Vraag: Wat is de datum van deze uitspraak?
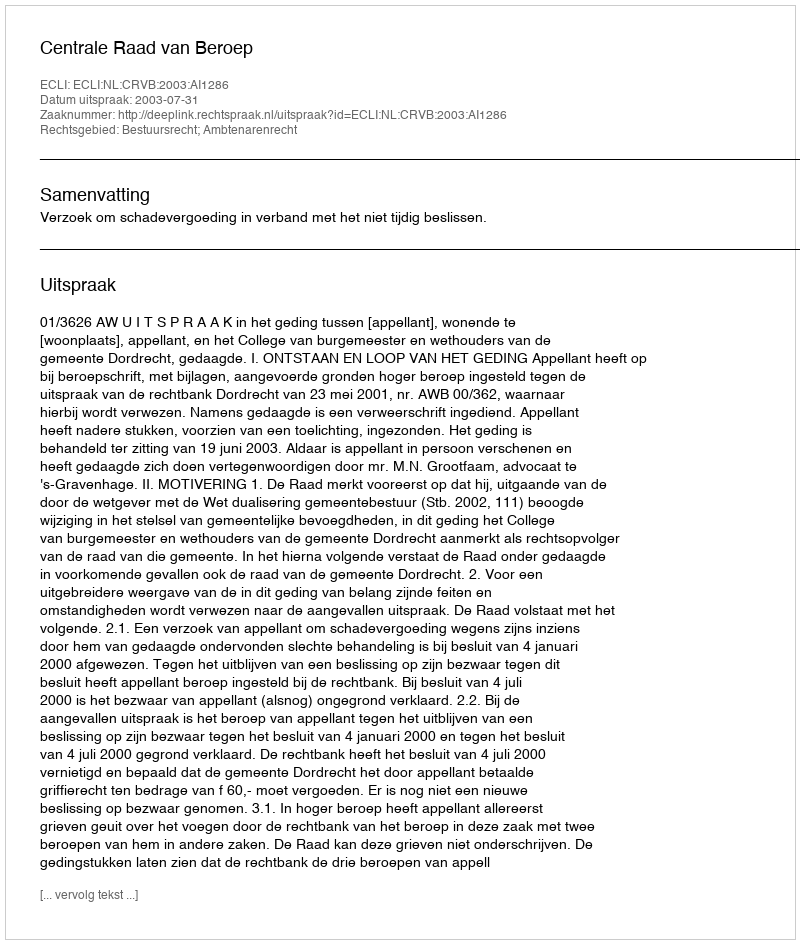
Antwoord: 2003-07-31